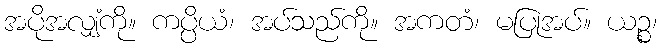
အပိုအလျှံကို။ ကပ္ပိယံ၊ အပ်သည်ကို။ အကတံ၊ မပြုအပ်။ ယဉ္စ၊